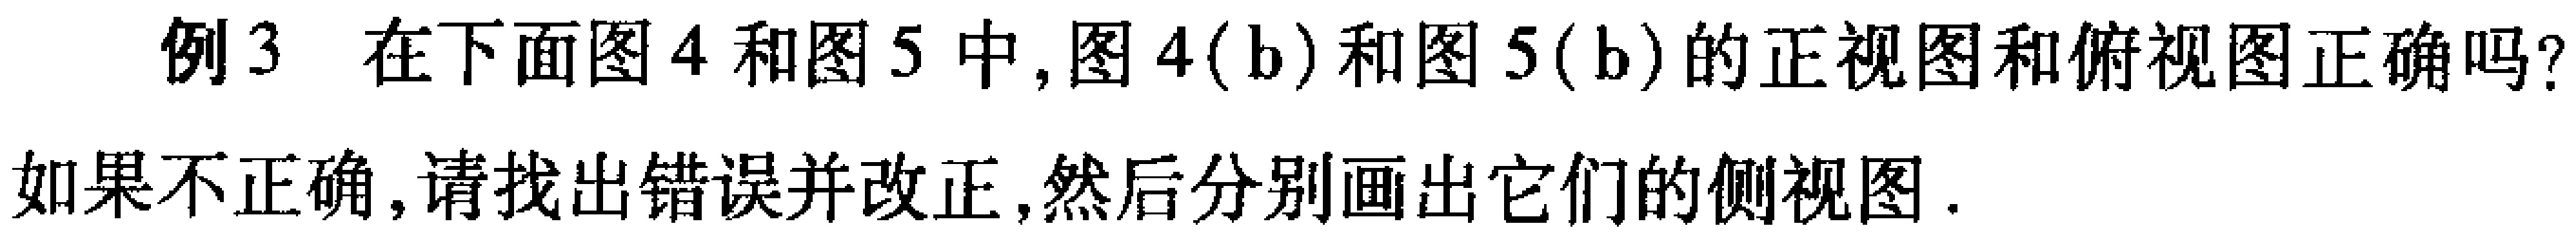
例3 在下面图4和图5中,图4(b)和图5(b)的正视图和俯视图正确吗?
如果不正确,请找出错误并改正,然后分别画出它们的侧视图.